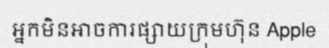
អ្នកមិនអាចការផ្សាយក្រុមហ៊ុន Apple